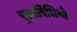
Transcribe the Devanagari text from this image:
पूजाविधियाँ